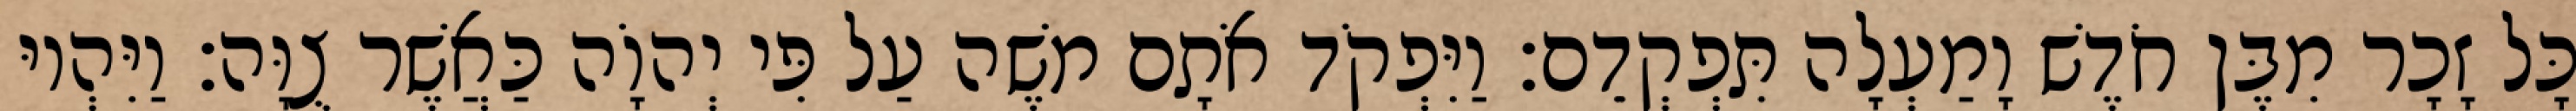
כָּל זָכָר מִבֶּן חֹדֶשׁ וָמַעְלָה תִּפְקְדֵם׃ וַיִּפְקֹד אֹתָם משֶׁה עַל פִּי יְהוָֹה כַּאֲשֶׁר צֻוָּה׃ וַיִּהְיוּ